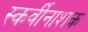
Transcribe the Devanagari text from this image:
स्कर्वीनाशक